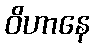
ဝိဟာနေ